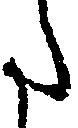
た